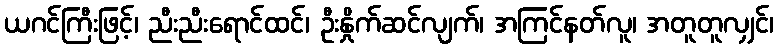
ယဂင်ကြီးဖြင့်၊ ညီးညီးရောင်ထင်၊ ဦးနှိုက်ဆင်လျက်၊ အကြင်နတ်လူ၊ အတူတူလျှင်၊